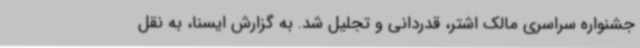
جشنواره سراسری مالک اشتر، قدردانی و تجلیل شد. به گزارش ایسنا، به نقل